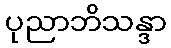
ပုညာဘိသန္ဒာ